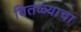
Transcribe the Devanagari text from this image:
वितळ्याचा